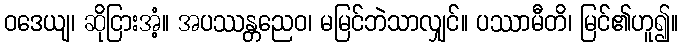
ဝဒေယျ၊ ဆိုငြားအံ့။ အပဿန္တညေဝ၊ မမြင်ဘဲသာလျှင်။ ပဿာမီတိ၊ မြင်၏ဟူ၍။